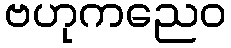
ဗဟုကညေဝ